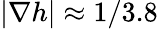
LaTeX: |\nabla h|\approx 1/3.8